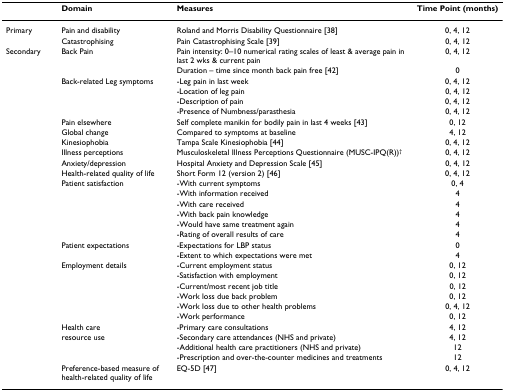
<table><thead><tr><td></td><td><b>Domain</b></td><td><b>Measures</b></td><td><b>Time Point (months)</b></td></tr></thead><tbody><tr><td>Primary</td><td>Pain and disability</td><td>Roland and Morris Disability Questionnaire [38]</td><td>0, 4, 12</td></tr><tr><td></td><td>Catastrophising</td><td>Pain Catastrophising Scale [39]</td><td>0, 4, 12</td></tr><tr><td>Secondary</td><td>Back Pain</td><td>Pain intensity: 0–10 numerical rating scales of least &amp; average pain in last 2 wks &amp; current pain</td><td>0, 4, 12</td></tr><tr><td></td><td></td><td>Duration – time since month back pain free [42]</td><td>0</td></tr><tr><td></td><td>Back-related Leg symptoms</td><td>-Leg pain in last week</td><td>0, 4, 12</td></tr><tr><td></td><td></td><td>-Location of leg pain</td><td>0, 4, 12</td></tr><tr><td></td><td></td><td>-Description of pain</td><td>0, 4, 12</td></tr><tr><td></td><td></td><td>-Presence of Numbness/parasthesia</td><td>0, 4, 12</td></tr><tr><td></td><td>Pain elsewhere</td><td>Self complete manikin for bodily pain in last 4 weeks [43]</td><td>0, 12</td></tr><tr><td></td><td>Global change</td><td>Compared to symptoms at baseline</td><td>4, 12</td></tr><tr><td></td><td>Kinesiophobia</td><td>Tampa Scale Kinesiophobia [44]</td><td>0, 4, 12</td></tr><tr><td></td><td>Illness perceptions</td><td>Musculoskeletal Illness Perceptions Questionnaire (MUSC-IPQ(R))<sup>†</sup></td><td>0, 4, 12</td></tr><tr><td></td><td>Anxiety/depression</td><td>Hospital Anxiety and Depression Scale [45]</td><td>0, 4, 12</td></tr><tr><td></td><td>Health-related quality of life</td><td>Short Form 12 (version 2) [46]</td><td>0, 4, 12</td></tr><tr><td></td><td>Patient satisfaction</td><td>-With current symptoms</td><td>0, 4</td></tr><tr><td></td><td></td><td>-With information received</td><td>4</td></tr><tr><td></td><td></td><td>-With care received</td><td>4</td></tr><tr><td></td><td></td><td>-With back pain knowledge</td><td>4</td></tr><tr><td></td><td></td><td>-Would have same treatment again</td><td>4</td></tr><tr><td></td><td></td><td>-Rating of overall results of care</td><td>4</td></tr><tr><td></td><td>Patient expectations</td><td>-Expectations for LBP status</td><td>0</td></tr><tr><td></td><td></td><td>-Extent to which expectations were met</td><td>4</td></tr><tr><td></td><td>Employment details</td><td>-Current employment status</td><td>0, 12</td></tr><tr><td></td><td></td><td>-Satisfaction with employment</td><td>0, 12</td></tr><tr><td></td><td></td><td>-Current/most recent job title</td><td>0, 12</td></tr><tr><td></td><td></td><td>-Work loss due back problem</td><td>0, 12</td></tr><tr><td></td><td></td><td>-Work loss due to other health problems</td><td>0, 4, 12</td></tr><tr><td></td><td></td><td>-Work performance</td><td>0, 12</td></tr><tr><td></td><td>Health care</td><td>-Primary care consultations</td><td>4, 12</td></tr><tr><td></td><td>resource use</td><td>-Secondary care attendances (NHS and private)</td><td>4, 12</td></tr><tr><td></td><td></td><td>-Additional health care practitioners (NHS and private)</td><td>12</td></tr><tr><td></td><td></td><td>-Prescription and over-the-counter medicines and treatments</td><td>12</td></tr><tr><td></td><td>Preference-based measure of health-related quality of life</td><td>EQ-5D [47]</td><td>0, 4, 12</td></tr></tbody></table>